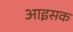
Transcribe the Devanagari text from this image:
आइसक